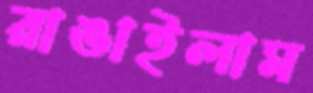
রাঙাইলাম